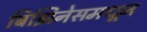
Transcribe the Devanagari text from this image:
बिझिनेसमधून